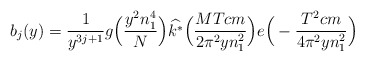
\begin{align*} b_j(y) = \frac{1}{y^{3j+1}} g\Big( \frac{y^2 n_1^4}{N} \Big) \widehat{k^*} \Big( \frac{MTcm}{2\pi^2 y n_1^2} \Big) e\Big( -\frac{T^2cm}{4\pi^2 y n_1^2} \Big)\end{align*}